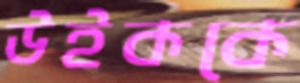
উইককে